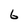
Character: 6